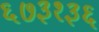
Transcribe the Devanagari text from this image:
६७३१३६